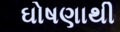
ઘોષણાથી